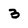
Character: 3